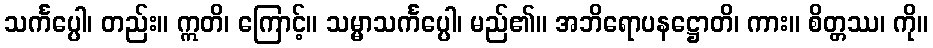
သင်္ကပ္ပေါ၊ တည်း။ ဣတိ၊ ကြောင့်။ သမ္မာသင်္ကပ္ပေါ၊ မည်၏။ အဘိရောပနဋ္ဌောတိ၊ ကား။ စိတ္တဿ၊ ကို။